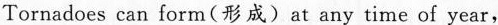
Tornadoes can form(形成) at any time of year.